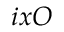
i x O